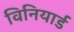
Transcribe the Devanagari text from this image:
विनियार्ड